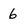
Character: 6